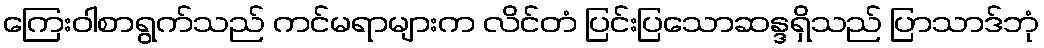
ကြေးဝါစာရွက်သည် ကင်မရာများက လိင်တံ ပြင်းပြသောဆန္ဒရှိသည် ပြာသာဒ်ဘုံ